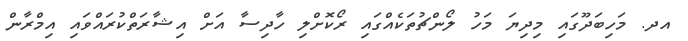
އދ. މަހިބަދޫގައި މިދިޔަ މަހު ލޯންޗުތަކެއްގައި ރޯކޮށްލި ހާދިސާ އަށް އިޝާރަތްކުރައްވައި އިމްރާން